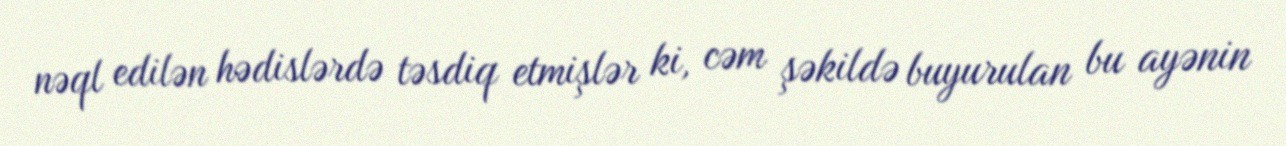
nəql edilən hədislərdə təsdiq etmişlər ki, cəm şəkildə buyurulan bu ayənin